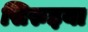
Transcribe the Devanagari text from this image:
सिरुइया